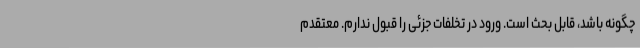
چگونه باشد، قابل بحث است. ورود در تخلفات جزئی را قبول ندارم. معتقدم